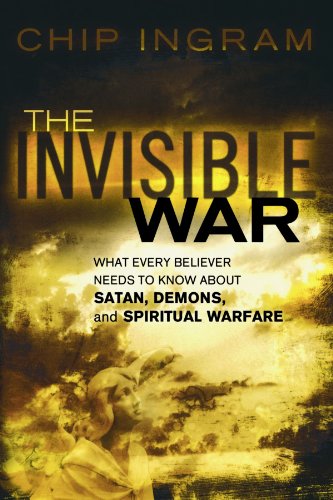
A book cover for The Invisible War: What Every Believer Needs to Know about Satan, Demons, and Spiritual Warfare; Chip Ingram; Christian Books & Bibles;